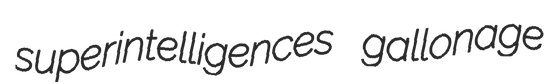
superintelligences gallonage